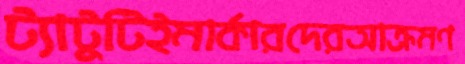
ট্যাটুটিইমার্কারদেরআক্রমণ